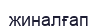
жиналғап